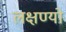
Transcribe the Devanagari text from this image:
लक्षण्यो